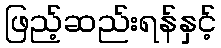
ဖြည့်ဆည်းရန်နှင့်